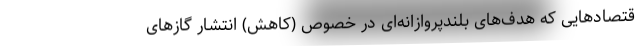
قتصادهایی که هدف‌های بلندپروازانه‌ای در خصوص (کاهش) انتشار گازهای